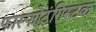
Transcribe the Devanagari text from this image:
फास्फोटंगिस्टक